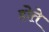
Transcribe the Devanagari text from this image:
होेते